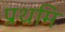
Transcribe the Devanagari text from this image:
प्रथमि